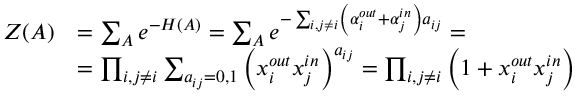
\begin{array} { r l } { Z ( A ) } & { = \sum _ { A } e ^ { - H ( A ) } = \sum _ { A } e ^ { - \sum _ { i , j \neq i } \left( \alpha _ { i } ^ { o u t } + \alpha _ { j } ^ { i n } \right) a _ { i j } } = } \\ & { = \prod _ { i , j \neq i } \sum _ { a _ { i j } = 0 , 1 } \left( x _ { i } ^ { o u t } x _ { j } ^ { i n } \right) ^ { a _ { i j } } = \prod _ { i , j \neq i } \left( 1 + x _ { i } ^ { o u t } x _ { j } ^ { i n } \right) } \end{array}